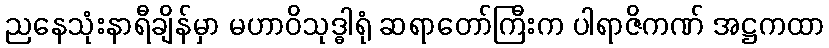
ညနေသုံးနာရီချိန်မှာ မဟာဝိသုဒ္ဓါရုံ ဆရာတော်ကြီးက ပါရာဇိကဏ် အဋ္ဌကထာ